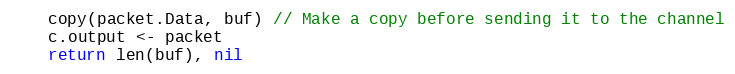
Language: Go
	copy(packet.Data, buf) // Make a copy before sending it to the channel
	c.output <- packet
	return len(buf), nil